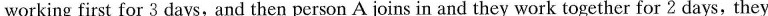
working first for 3 days, and then person A joins in and they work together for 2 days, they